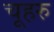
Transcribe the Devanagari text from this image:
चूहरु